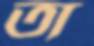
তা